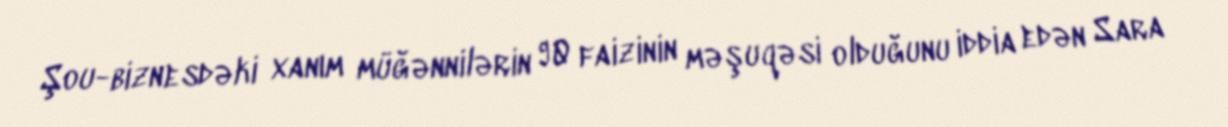
Şou-biznesdəki xanım müğənnilərin 90 faizinin məşuqəsi olduğunu iddia edən Sara